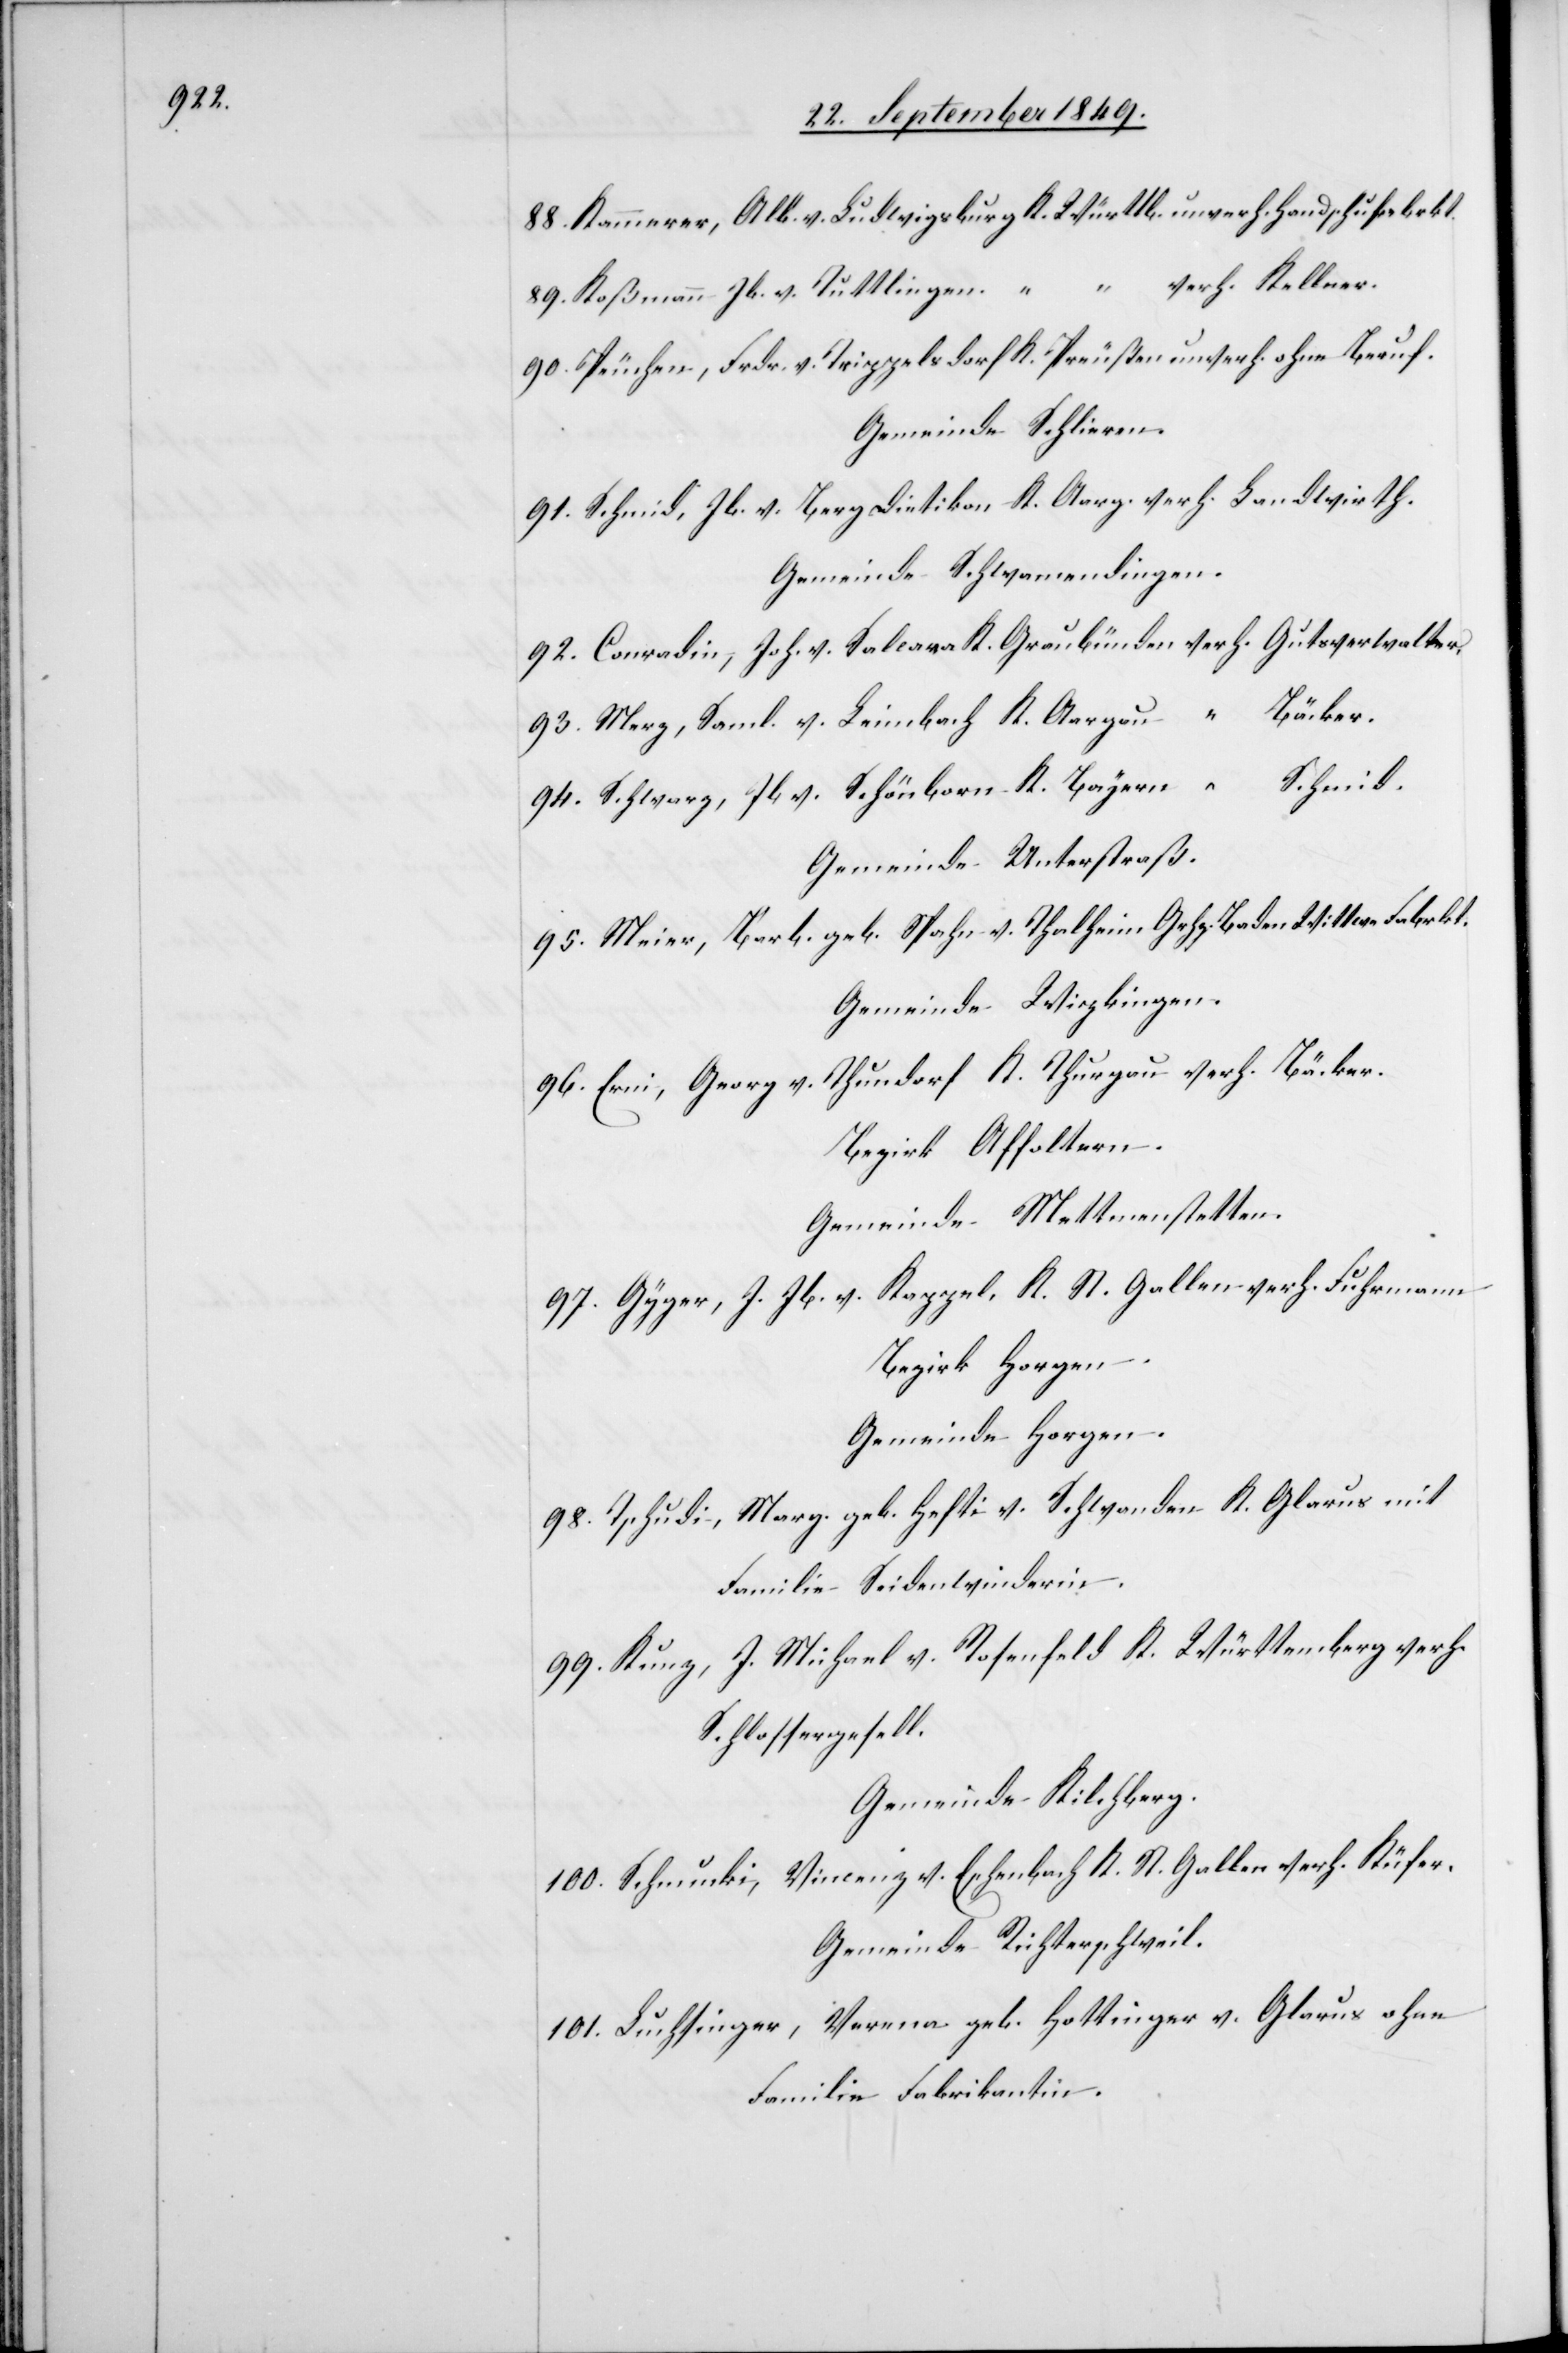
88. Kammerer, Alb. v. Ludwigsburg K. Württb. unverh. Handschufabrkt.
89. Koßmann Jb. v. Tuttlingen “ verh. Kellner.
90. Peuchen, Frdr. v. Trippelsdorf K. Preußen unverh. ohne Beauf.
Gemeinde Schlieren.
91. Schmid, Jb. v. Bergdietikon K. Aarg. verh. Landwirth.
Gemeinde Schwamendingen.
92. Conradin, Joh. v. Saleara K. Graubünden verh. Gutsverwalter.
93. Merz, Saml. v. Leimbach K. Aargau “ Bäcker.
94. Schwarz, Jb. v. Schönborn K. Bayer “ Schmid.
Gemeinde Unterstraß.
95. Meier, Barb. geb. Spahn v. Thalheim Grfz. Baden Wittwe Fabrkt.
Gemeinde Wipkingen.
Thundorf K. Thurgau verh. Bäcker.
96. Erni, Georg v.
Bezirk Affoltern.
Gemeinde Mettmenstetten.
97. Gyger, J. Jb. v. Kappel, K. St. Gallen verh. Fuhrmann
Bezirk Horgen.
Gemeinde Horgen.
98. Tschudi, Marg. geb. Hefti v. Schwanden K. Glarus mit
Familie Seidenwinderin.
99. Kunz, J. Michael v. Rosenfeld K. Württemberg verh.
Schlossergesell.
Gemeinde Kilchberg.
100. Schmucki, Vincenz v. Eschenbach K. St. Gallen verh. Küfer.
Gemeinde Richterschweil.
101. Luchtinger, Verna geb. Hottinger v. Glarus ohne
Familie Fabrikantin.